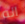
انه